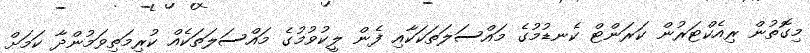
މިގޮތުން ރިއެކްޓަރުން ކަރަންޓް ކެނޑުމުގެ މައްސަލަތަކަކާއި ފެން ލީކުވުމުގެ މައްސަލަތަކެއް ކުރިމަތިވަމުންދާ ކަމަށް